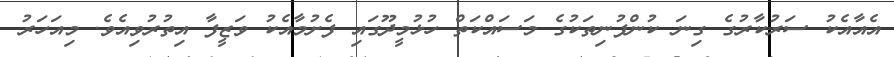
އެއާއެކު ސަރުކާރުގެ ގިނަ ކުންފުނިތަކުގެ މަސައްކަތް ހުޅުމީދޫގައި ފެށުމާއެކު ވަޒީފާ އިތުރުވިއެވެ. މިއަހަރު